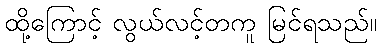
ထို့ကြောင့် လွယ်လင့်တကူ မြင်ရသည်။